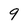
Character: 9